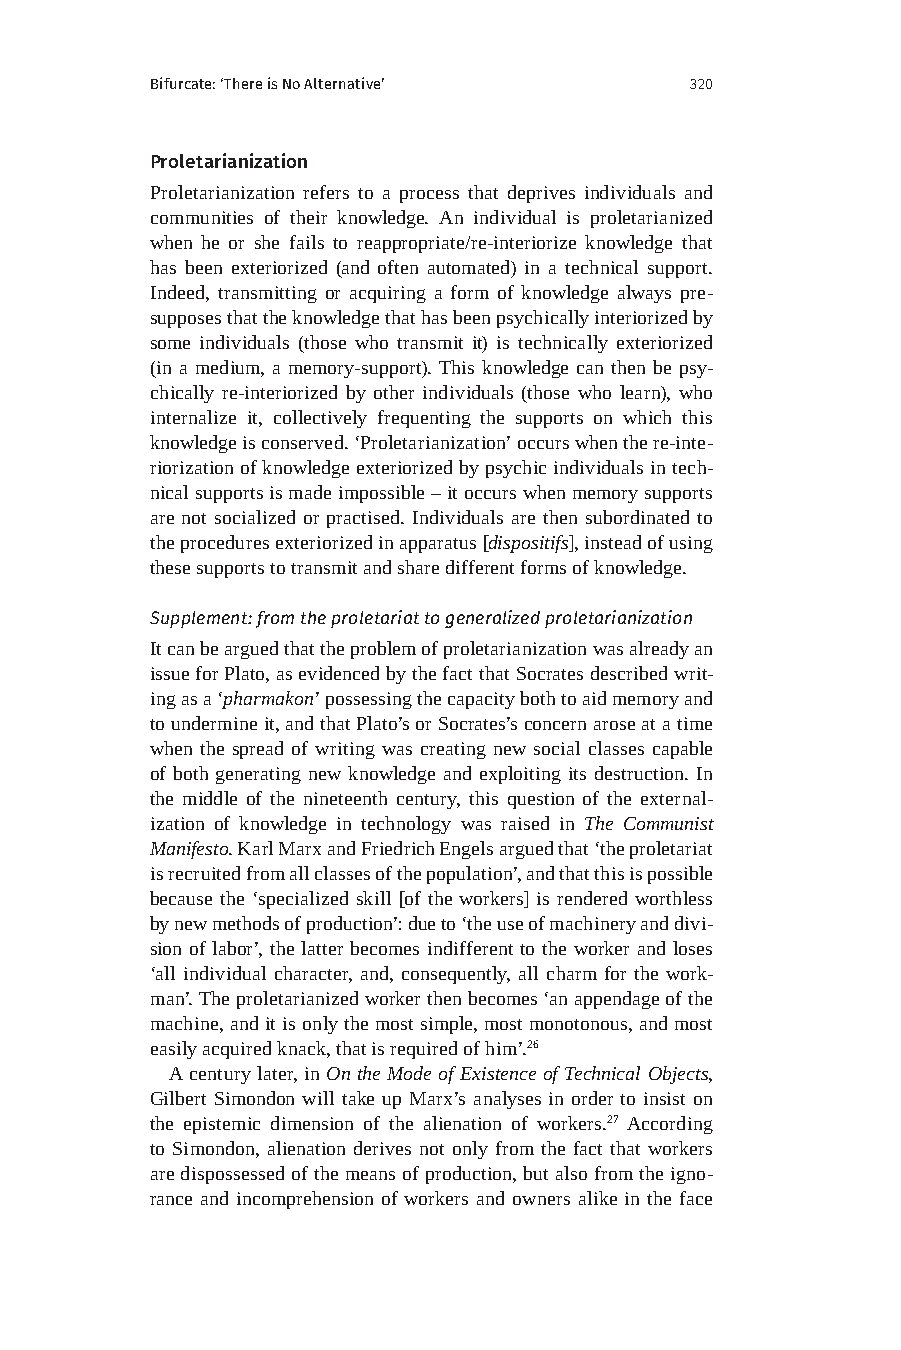
Bifurcate: ‘There is No Alternative’ 320
 Proletarianization
 Proletarianization refers to a process that deprives individuals and
 communities of their knowledge. An individual is proletarianized
 when he or she fails to reappropriate/re-interiorize knowledge that
 has been exteriorized (and often automated) in a technical support.
 Indeed, transmitting or acquiring a form of knowledge always pre-
 supposes that the knowledge that has been psychically interiorized by
 some individuals (those who transmit it) is technically exteriorized
 (in a medium, a memory-support). This knowledge can then be psy-
 chically re-interiorized by other individuals (those who learn), who
 internalize it, collectively frequenting the supports on which this
 knowledge is conserved. ‘Proletarianization’ occurs when the re-inte-
 riorization of knowledge exteriorized by psychic individuals in tech-
 nical supports is made impossible – it occurs when memory supports
 are not socialized or practised. Individuals are then subordinated to
 the procedures exteriorized in apparatus [dispositifs], instead of using
 these supports to transmit and share different forms of knowledge.
 Supplement: from the proletariat to generalized proletarianization
 It can be argued that the problem of proletarianization was already an
 issue for Plato, as evidenced by the fact that Socrates described writ-
 ing as a ‘pharmakon’ possessing the capacity both to aid memory and
 to undermine it, and that Plato’s or Socrates’s concern arose at a time
 when the spread of writing was creating new social classes capable
 of both generating new knowledge and exploiting its destruction. In
 the middle of the nineteenth century, this question of the external-
 ization of knowledge in technology was raised in The Communist
 Manifesto. Karl Marx and Friedrich Engels argued that ‘the proletariat
 is recruited from all classes of the population’, and that this is possible
 because the ‘specialized skill [of the workers] is rendered worthless
 by new methods of production’: due to ‘the use of machinery and divi-
 sion of labor’, the latter becomes indifferent to the worker and loses
 ‘all individual character, and, consequently, all charm for the work-
 man’. The proletarianized worker then becomes ‘an appendage of the
 machine, and it is only the most simple, most monotonous, and most
 easily acquired knack, that is required of him’.26
 A century later, in On the Mode of Existence of Technical Objects,
 Gilbert Simondon will take up Marx’s analyses in order to insist on
 the epistemic dimension of the alienation of workers.27 According
 to Simondon, alienation derives not only from the fact that workers
 are dispossessed of the means of production, but also from the igno-
 rance and incomprehension of workers and owners alike in the face